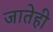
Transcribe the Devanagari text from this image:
जातेही